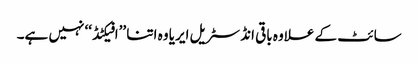
سائٹ کے علاوہ باقی انڈسٹریل ایریا وہ اتنا ’’افیکٹڈ‘‘ نہیں ہے۔